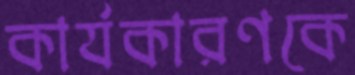
কার্যকারণকে